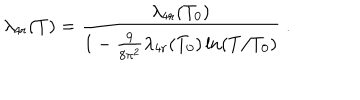
\lambda _ { 4 r } ( T ) = \frac { \lambda _ { 4 r } ( T _ { 0 } ) } { 1 - \frac { 9 } { 8 \pi ^ { 2 } } \lambda _ { 4 r } ( T _ { 0 } ) \ln ( T / T _ { 0 } ) } \; .